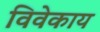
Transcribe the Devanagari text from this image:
विवेकाय